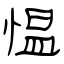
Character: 愠